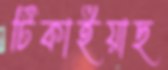
টিকাইয়াছ